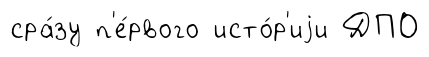
сра́зу п'е́рвого исто́р'иjи ДПО